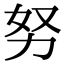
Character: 努